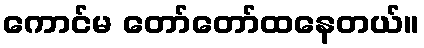
ကောင်မ တော်တော်ထနေတယ်။